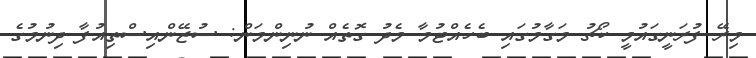
މިރޭ ފުރަނީގައުމީ ކޯޗު މަގާމުގައި ބެހެއްޓުމާ މެދު ގޮތެއް ނުނިންމަން: ސުޒޭންއިސްތިއުފާ ދިނުމުގެ